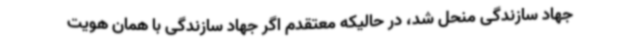
جهاد سازندگی منحل شد، در حالیکه معتقدم اگر جهاد سازندگی با همان هویت